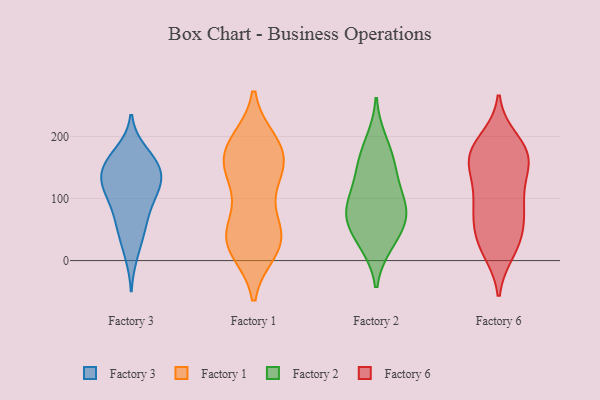
{"axis": {"x": "Satisfaction Score", "y": "Value"}, "legend": ["Factory 1", "Factory 2", "Factory 3", "Factory 6"], "data": [{"x": "", "y": 101, "type": "Factory 3"}, {"x": "", "y": 46, "type": "Factory 3"}, {"x": "", "y": 136, "type": "Factory 3"}, {"x": "", "y": 158, "type": "Factory 3"}, {"x": "", "y": 53, "type": "Factory 3"}, {"x": "", "y": 133, "type": "Factory 3"}, {"x": "", "y": 97, "type": "Factory 3"}, {"x": "", "y": 175, "type": "Factory 3"}, {"x": "", "y": 70, "type": "Factory 3"}, {"x": "", "y": 10, "type": "Factory 3"}, {"x": "", "y": 118, "type": "Factory 3"}, {"x": "", "y": 139, "type": "Factory 3"}, {"x": "", "y": 153, "type": "Factory 3"}, {"x": "", "y": 164, "type": "Factory 3"}, {"x": "", "y": 117, "type": "Factory 3"}, {"x": "", "y": 18, "type": "Factory 1"}, {"x": "", "y": 173, "type": "Factory 1"}, {"x": "", "y": 113, "type": "Factory 1"}, {"x": "", "y": 180, "type": "Factory 1"}, {"x": "", "y": 145, "type": "Factory 1"}, {"x": "", "y": 36, "type": "Factory 1"}, {"x": "", "y": 148, "type": "Factory 1"}, {"x": "", "y": 190, "type": "Factory 1"}, {"x": "", "y": 34, "type": "Factory 1"}, {"x": "", "y": 46, "type": "Factory 1"}, {"x": "", "y": 173, "type": "Factory 1"}, {"x": "", "y": 184, "type": "Factory 1"}, {"x": "", "y": 18, "type": "Factory 1"}, {"x": "", "y": 42, "type": "Factory 1"}, {"x": "", "y": 132, "type": "Factory 1"}, {"x": "", "y": 47, "type": "Factory 1"}, {"x": "", "y": 32, "type": "Factory 2"}, {"x": "", "y": 124, "type": "Factory 2"}, {"x": "", "y": 99, "type": "Factory 2"}, {"x": "", "y": 152, "type": "Factory 2"}, {"x": "", "y": 192, "type": "Factory 2"}, {"x": "", "y": 160, "type": "Factory 2"}, {"x": "", "y": 67, "type": "Factory 2"}, {"x": "", "y": 75, "type": "Factory 2"}, {"x": "", "y": 84, "type": "Factory 2"}, {"x": "", "y": 69, "type": "Factory 2"}, {"x": "", "y": 27, "type": "Factory 2"}, {"x": "", "y": 142, "type": "Factory 6"}, {"x": "", "y": 160, "type": "Factory 6"}, {"x": "", "y": 50, "type": "Factory 6"}, {"x": "", "y": 194, "type": "Factory 6"}, {"x": "", "y": 48, "type": "Factory 6"}, {"x": "", "y": 142, "type": "Factory 6"}, {"x": "", "y": 170, "type": "Factory 6"}, {"x": "", "y": 23, "type": "Factory 6"}, {"x": "", "y": 15, "type": "Factory 6"}, {"x": "", "y": 183, "type": "Factory 6"}, {"x": "", "y": 103, "type": "Factory 6"}, {"x": "", "y": 175, "type": "Factory 6"}, {"x": "", "y": 176, "type": "Factory 6"}, {"x": "", "y": 92, "type": "Factory 6"}, {"x": "", "y": 157, "type": "Factory 6"}, {"x": "", "y": 90, "type": "Factory 6"}, {"x": "", "y": 89, "type": "Factory 6"}, {"x": "", "y": 61, "type": "Factory 6"}, {"x": "", "y": 21, "type": "Factory 6"}]}